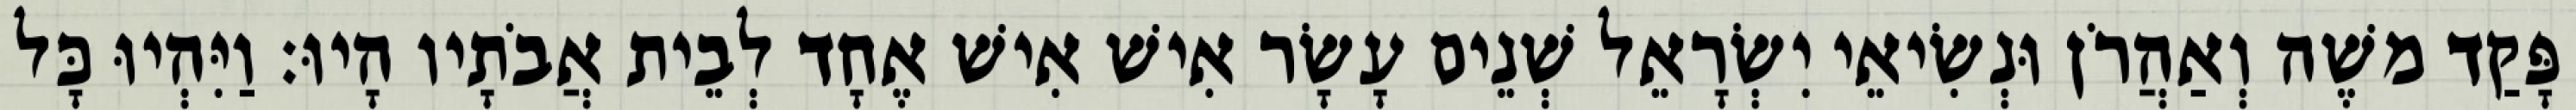
פָּקַד משֶׁה וְאַהֲרֹן וּנְשִׂיאֵי יִשְׂרָאֵל שְׁנֵים עָשָׂר אִישׁ אִישׁ אֶחָד לְבֵית אֲבֹתָיו הָיוּ׃ וַיִּהְיוּ כָּל